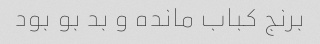
برنج کباب مانده و بد بو بود